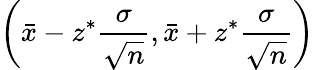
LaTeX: \left({\bar{x}}-z^{*}{\frac{\sigma}{\sqrt{n}}},{\bar{x}}+z^{*}{\frac{\sigma}{\sqrt{n}}}\right)